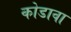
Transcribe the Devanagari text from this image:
कोडावा